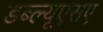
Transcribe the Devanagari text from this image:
डब्ल्यूएसए